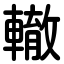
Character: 轍